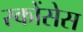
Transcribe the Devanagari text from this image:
स्कोंसेस